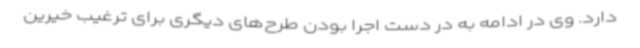
دارد. وی در ادامه به در دست اجرا بودن طرح‌های دیگری برای ترغیب خیرین